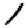
Digit: 1